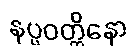
နပ္ပဝတ္တိနော